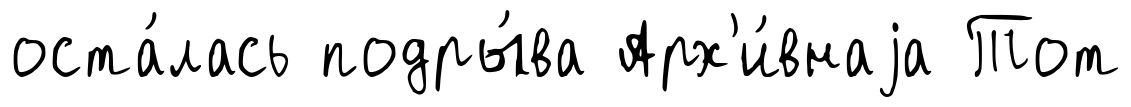
оста́лась подры́ва Арх'и́внаjа Тот